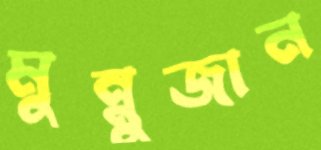
মুন্নুজান